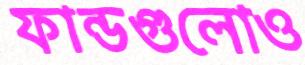
ফান্ডগুলোও